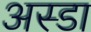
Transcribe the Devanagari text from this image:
अस्डा